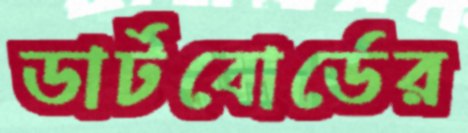
ডার্টবোর্ডের